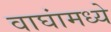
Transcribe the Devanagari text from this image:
वाघांमध्ये